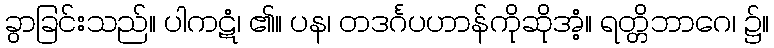
ခွာခြင်းသည်။ ပါကဋံ၊ ၏။ ပန၊ တဒင်္ဂပဟာန်ကိုဆိုအံ့။ ရတ္တိဘာဂေ၊ ၌။